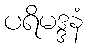
ပရိမဒ္ဒနံ